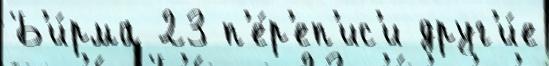
Б'и́рма 23 п'е́р'еп'ис'и друг'и́е